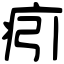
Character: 㽼